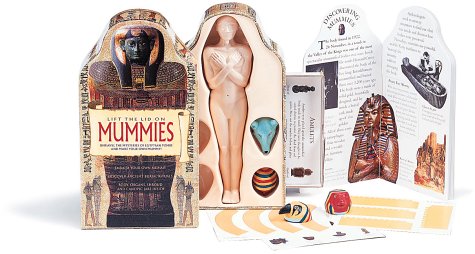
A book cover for Lift The Lid On Mummies; Jacqueline Dineen; Children's Books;